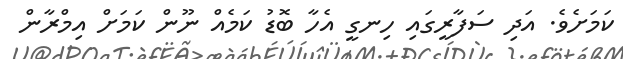
ކަމަށެވެ. އަދި ސަފާރީގައި ހިނގީ އެހާ ބޮޑު ކަމެއް ނޫން ކަމަށް އިމްރާން